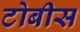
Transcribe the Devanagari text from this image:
टोबीस